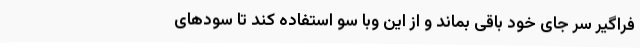
فراگیر سر جای خود باقی بماند و از این وبا سو استفاده کند تا سودهای